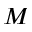
M